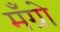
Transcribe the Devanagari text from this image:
मँग्रो